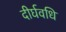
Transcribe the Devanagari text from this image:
दीर्घवधि